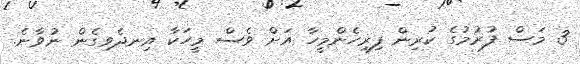
3 މަސް ފުރުމުގެ ކުރިން ފިރިހެންމީހާ އަށް ވެސް މީހަކާ އިނދެވިގެން ނުވާނެ.